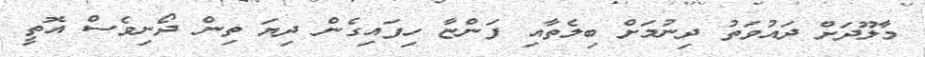
މާލޫދަށް ދައުވަތު ދިނުމަށް ބިލެތާއި ފަންޏާ ހިފައިގެން ދިޔަ ތިން ދޯނިވެސް އޮތީ